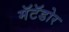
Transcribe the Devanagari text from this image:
मॅटॅडोर